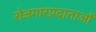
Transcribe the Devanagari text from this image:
रोजगारप्रदाताओं